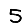
Digit: 5